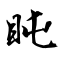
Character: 盹